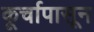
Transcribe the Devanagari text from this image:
कूर्चापासून